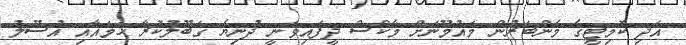
އަދި ކޮމިޓީގެ މެންބަރުން މައުމޫނަށް މާކްސް ދީފައިވަނީ ދުނިޔެ ގަބޫލުކުރާ ހަމައާއި އުސޫލު